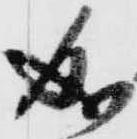
成